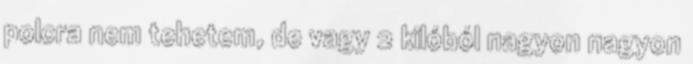
polcra nem tehetem, de vagy 2 kilóból nagyon nagyon